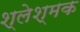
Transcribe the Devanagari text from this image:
श्लेश्मक